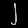
Digit: ၂